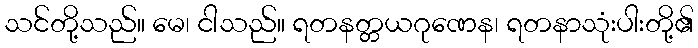
သင်တို့သည်။ မေ၊ ငါသည်။ ရတနတ္တယဂုဏေန၊ ရတနာသုံးပါးတို့၏